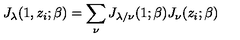
J _ { \lambda } ( 1 , z _ { i } ; \beta ) = \sum _ { \nu } J _ { \lambda / \nu } ( 1 ; \beta ) J _ { \nu } ( z _ { i } ; \beta )